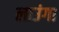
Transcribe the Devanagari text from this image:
लाउंगा